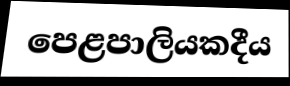
පෙළපාලියකදීය